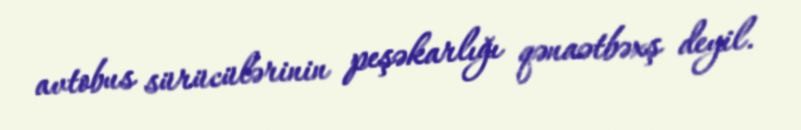
avtobus sürücülərinin peşəkarlığı qənaətbəxş deyil.